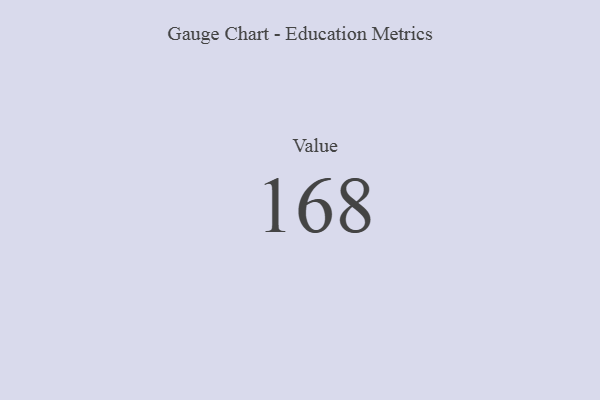
{"axis": {"x": "Metric", "y": "Value"}, "legend": [""], "data": [{"x": "Value", "y": 168, "type": ""}]}